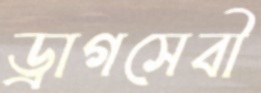
ড্রাগসেবী